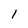
Character: l